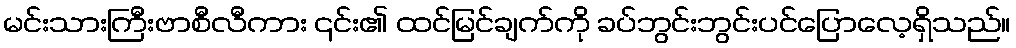
မင်းသားကြီးဗာစီလီကား ၎င်း၏ ထင်မြင်ချက်ကို ခပ်ဘွင်းဘွင်းပင်ပြောလေ့ရှိသည်။